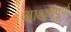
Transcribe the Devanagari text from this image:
आश्चर्यपूर्ण